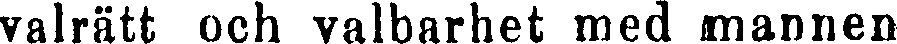
valrätt och valbarhet med mannen